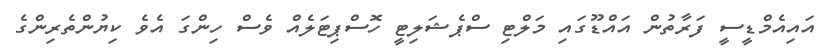
އައިއެމްޑީސީ ފަރާތުން އައްޑޫގައި މަލްޓި ސްޕެޝަލިޓީ ހޮސްޕިޓަލެއް ވެސް ހިންގަ އެވެ ކިޔުންތެރިންގެ